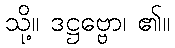
သို့။ ဒဋ္ဌဗ္ဗော၊ ၏။